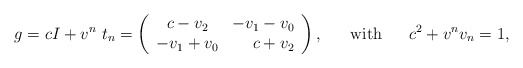
\begin{align*} g=cI+v^n~t_n= \left( \begin{array}{cr} c-v_2&-v_1-v_0\\-v_1+v_0&c+v_2 \end{array}\right),~~~~~\mbox{with}~~~~~c^2+v^nv_n=1,\end{align*}